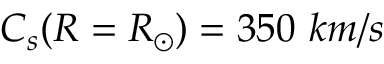
C _ { s } ( R = R _ { \odot } ) = 3 5 0 ~ k m / s